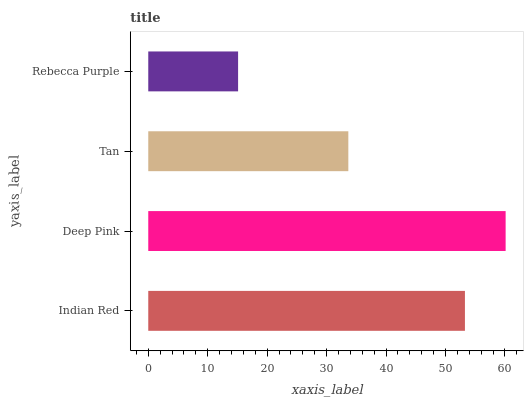
| yaxis_label | bars |
 | --- | --- |
 | Indian Red | 53.3 |
 | Deep Pink | 60.1 |
 | Tan | 33.7 |
 | Rebecca Purple | 15.1 |